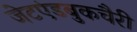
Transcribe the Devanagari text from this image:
जेटएंडबुकचैरी